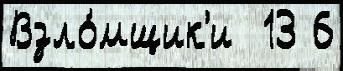
Взло́мщик'и  13 6